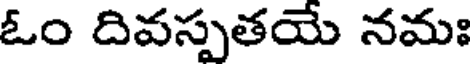
ఓం దివస్పతయే నమః